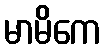
မာမိကေ